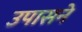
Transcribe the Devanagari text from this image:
उपासने